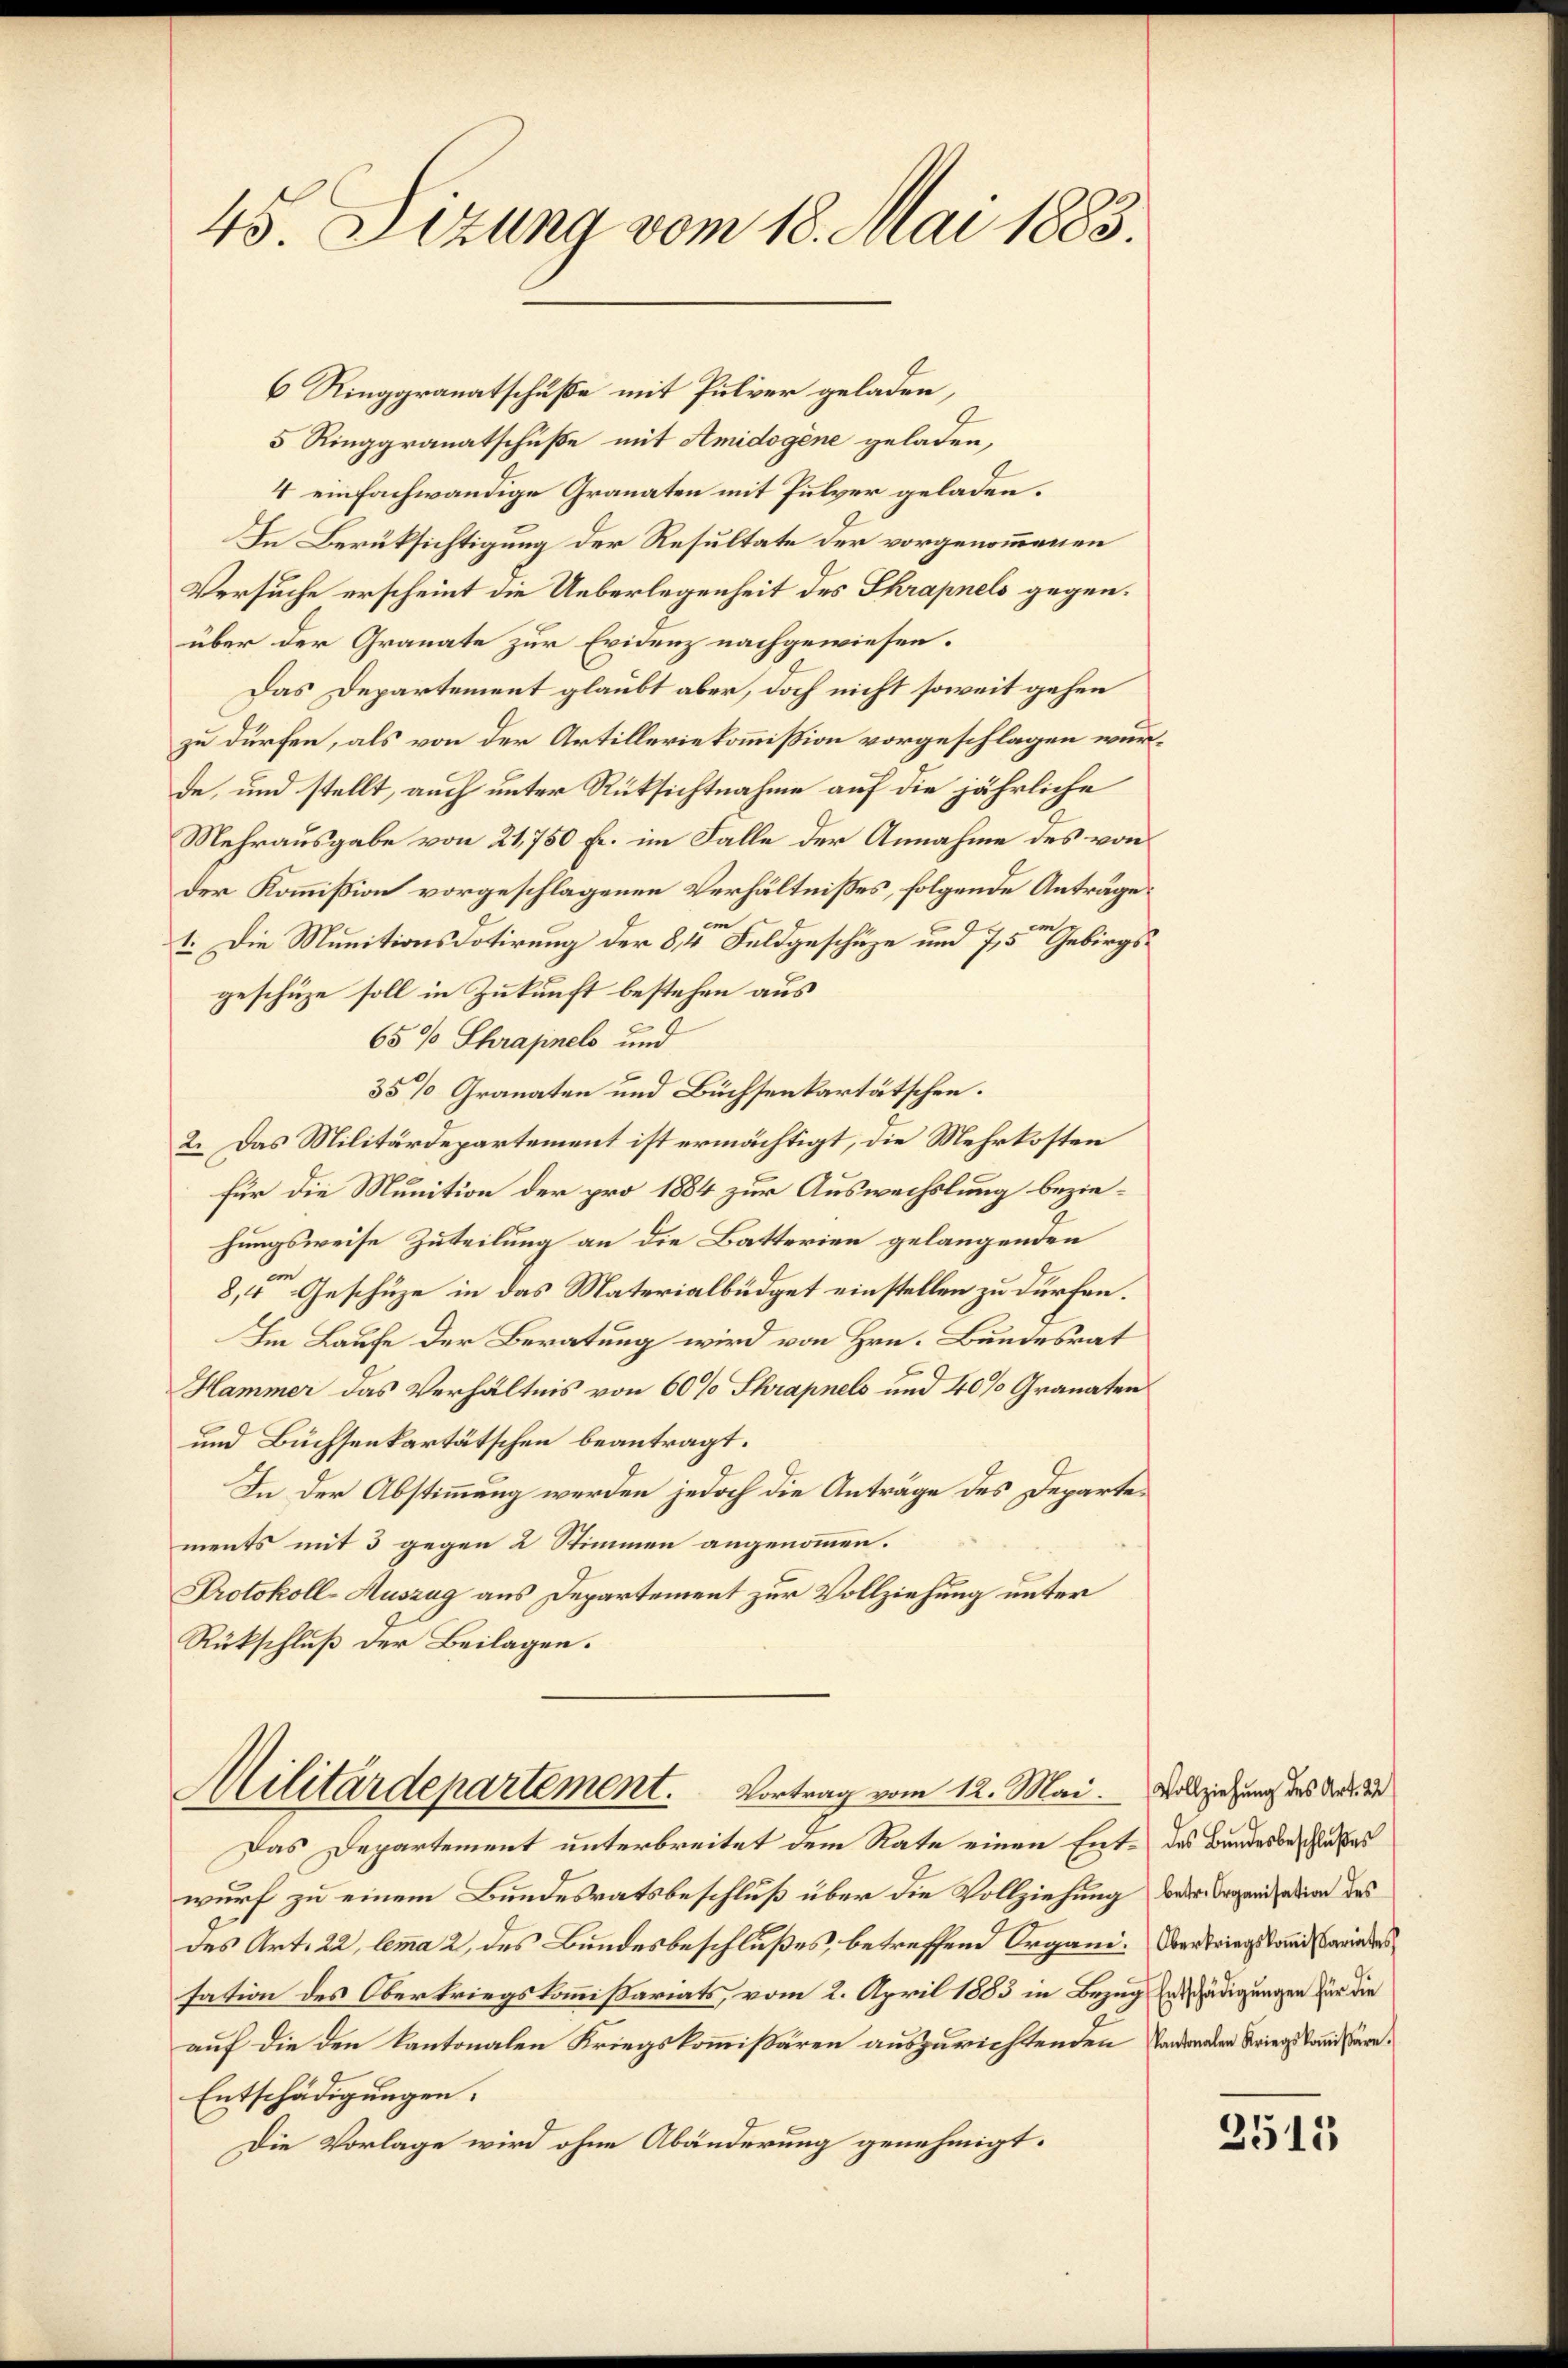
45. Sitzung vom 18. Mai 1883.

6 Ringgranatschuße mit Pulver geladen,
5 Ringgranatschuße mit Amidogene geladen,
4 einfachwändige Granaten mit Pulver geladen.
In Berüksichtigung der Resultate der vorgenommenen
Versuche erscheint die Ueberlegenheit des Thrapnels gegenüber der Granate zur Evidenz nachgewiesen.
Das Departement glaubt aber, doch nicht soweit gehen
zu dürfen, als von der Artilleriekommißion vorgeschlagen wurde, und stellt, auch unter Rücksichtnahme auf die jährliche
Mehrausgabe von 21,750 fl. im Falle der Annahme des von
der Kommißion vorgeschlagenen Verhältnisses, folgende Anträge
m
1. Die Munitionsdotirung der 84 Feldgeschüze und 7,5ten Gebirgsgeschüze soll in Zukunft bestehen aus
65% Shrajnels und
35% Granaten und Büchsenkartätschen.
2. Das Militärdepartement ist ermächtigt, die Mehrkosten
für die Munition der pro 1884 zur Auswechslung beziehungsweise Zuteilung an die Batterien gelangenden
8, Geschüze in das Materialbüdget einstellen zu dürfen.
Im Laufe der Beratung wird von Hrn. Bundesrat
Hammer das Verhältnis von 60% Shrapnels und 40% Granaten
und Büchsenkartätschen beantragt.
In der Abstimmung werden jedoch die Anträge des Departements mit 3 gegen 2 Stimmen angenommen.
Protokoll-Auszug aus Departement zur Vollziehung unter
Rückschluß der Beilagen.

Militärdepartement. Vortrag vom 12. Mai. Vollziehung des Ander

Das Departement unterbreitet dem Rate einen Ent- des Bundesbeschlußes
wurf zu einem Bundesratsbeschluß über die Vollziehung der Organisation des
des Art. 22, lemma 2 des Bundesbeschlußes betreffend Organi- Vertriegsstand Barrieder
sation des Obertriegskommißariats, vom 2. April 1883 in Bezug Entschädigungen für die
auf die den Kantonalen Kriegskommißären auszurichtenden Tagender Kriegsstandsare¬
Entschädigungen.
Die Vorlage wird ohne Abänderung genehmigt.

2513